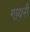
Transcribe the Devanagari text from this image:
गायरी